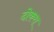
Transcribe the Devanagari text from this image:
दोकरा